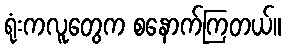
ရုံးကလူတွေက စနောက်ကြတယ်။